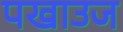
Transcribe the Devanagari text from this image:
पखाउज